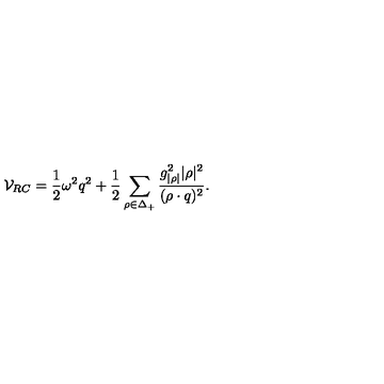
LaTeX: { \cal V } _ { R C } = { \frac { 1 } { 2 } } \omega ^ { 2 } q ^ { 2 } + { \frac { 1 } { 2 } } \sum _ { \rho \in \Delta _ { + } } { \frac { g _ { | \rho | } ^ { 2 } | \rho | ^ { 2 } } { ( \rho \cdot q ) ^ { 2 } } } .